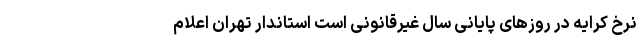
نرخ کرایه در روزهای پایانی سال غیرقانونی است استاندار تهران اعلام